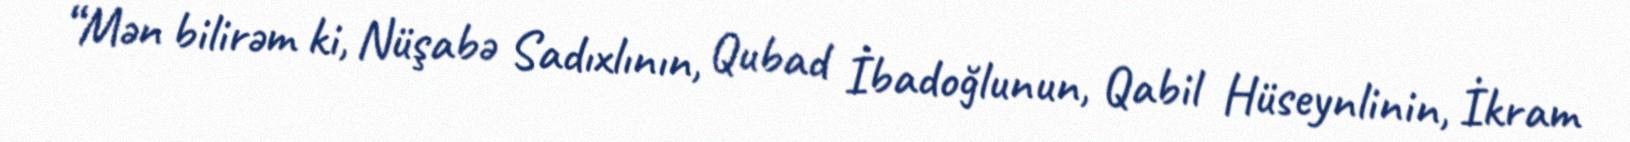
“Mən bilirəm ki, Nüşabə Sadıxlının, Qubad İbadoğlunun, Qabil Hüseynlinin, İkram